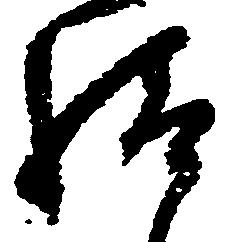
給